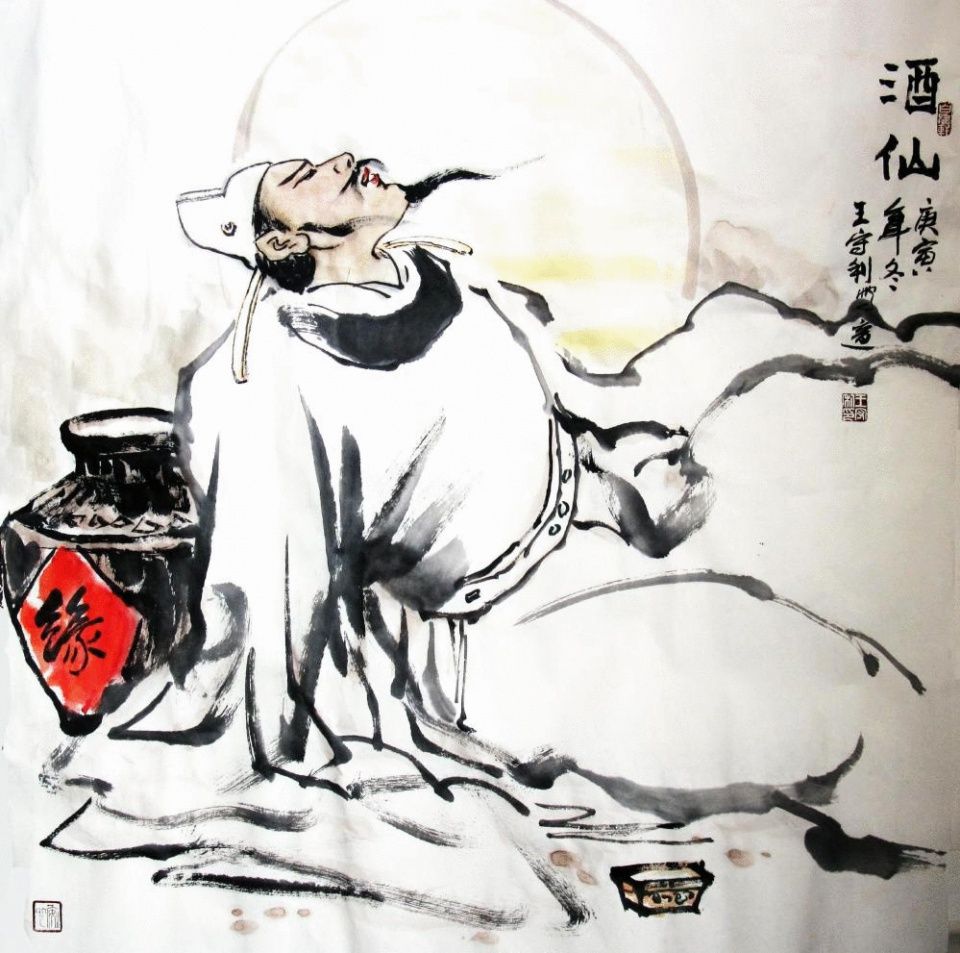
痛饮狂歌空度日，飞扬跋扈为谁雄。